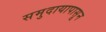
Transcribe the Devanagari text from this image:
समुदायापासून